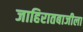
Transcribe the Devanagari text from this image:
जाहिरातबाजीला